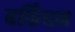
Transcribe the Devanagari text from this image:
बर्किंघम